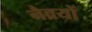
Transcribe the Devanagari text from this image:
नैव्रयों